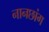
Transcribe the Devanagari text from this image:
नानछांग